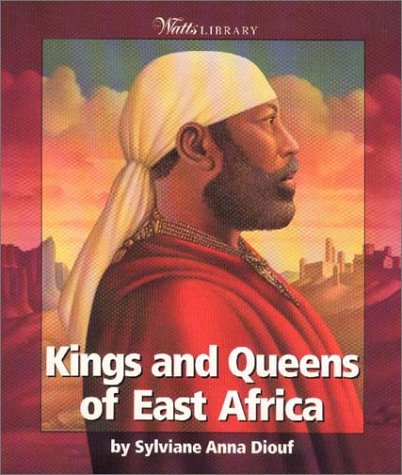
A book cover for Kings and Queens of East Africa (Watts Library); Sylviane A. Diouf; Children's Books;